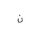
Letter: _non